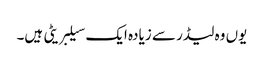
یوں وہ لیڈر سے زیادہ ایک سیلبریٹی ہیں۔